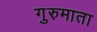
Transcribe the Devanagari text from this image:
गुरुमाता